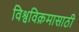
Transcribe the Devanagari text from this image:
विश्वविक्रमासाठी